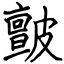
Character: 皽